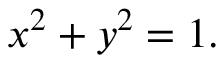
x ^ { 2 } + y ^ { 2 } = 1 .